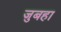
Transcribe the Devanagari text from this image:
जुबहा